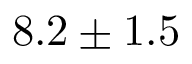
8 . 2 \pm 1 . 5